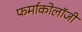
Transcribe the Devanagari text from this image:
फर्माकोलॉजी